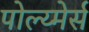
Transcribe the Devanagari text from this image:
पोल्य्मेर्स